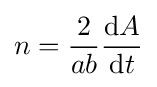
n={\frac {2}{ab}}{\frac {\mathrm {d} A}{\mathrm {d} t}}